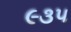
૯૩૫